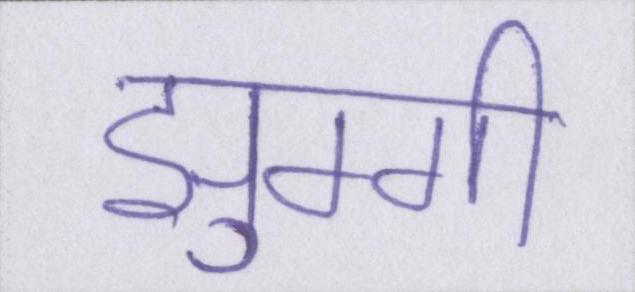
झुग्गी